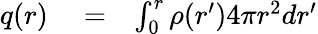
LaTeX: \begin{array}{rlr}{q(r)}&{{}=}&{\int_{0}^{r}\rho(r^{\prime})4\pi r^{2}dr^{\prime}}\end{array}